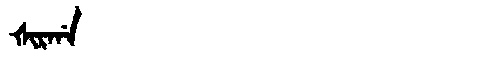
Manchu: ᡧᡳᡵᡤᠠ
Romanization: ŠIRGA